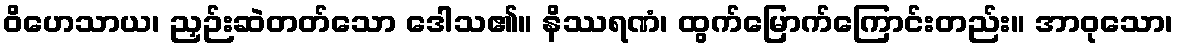
ဝိဟေသာယ၊ ညှဉ်းဆဲတတ်သော ဒေါသ၏။ နိဿရဏံ၊ ထွက်မြောက်ကြောင်းတည်း။ အာဝုသော၊